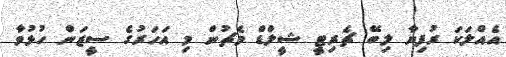
އެއްލަކަ ރުފިޔާ ލިބޭ ޗެރިޓީ ޝީލްޑް މެޗުން މި އަހަރުގެ ސީޒަން ހުޅުވާ